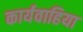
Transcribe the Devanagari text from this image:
कार्यवाहिया